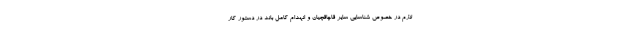
لازم در خصوص شناسایی سایر قاچاقچیان و انهدام کامل باند در دستور کار